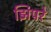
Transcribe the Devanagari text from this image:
झिपरे